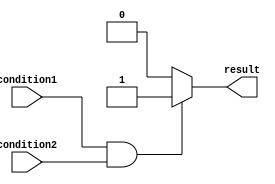
module if_else_example(
    input wire condition1, 
    input wire condition2,
    output reg result
);

always @(*) begin
    if(condition1 && condition2) begin
        // Code to be executed if both condition1 and condition2 are true
        result = 1;
    end
    else begin
        // Code to be executed if either condition1 or condition2 is false
        result = 0;
    end
end

endmodule